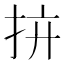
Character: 𢪴